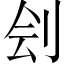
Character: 刽